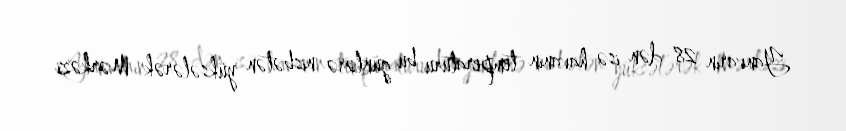
Yanvarın 28-dən isə havanın temperaturu bu günlərə nisbətən yüksələrək Mərkəzi